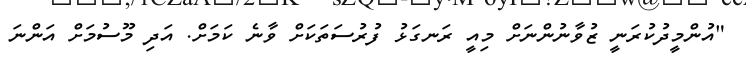
"އުންމީދުކުރަނީ ޒުވާނުންނަށް މިއީ ރަނގަޅު ފުރުސަތަކަށް ވާނެ ކަމަށް. އަދި މޫސުމަށް އަންނަ